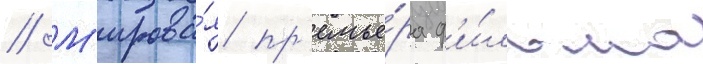
// М'ирова́я пр'емье́ра ф'и́льма